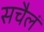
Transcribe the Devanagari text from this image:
सचैलं